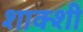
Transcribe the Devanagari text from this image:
शाक्शी